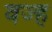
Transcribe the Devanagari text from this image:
वज्ह